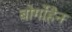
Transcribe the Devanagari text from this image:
बोर्गोहैन